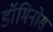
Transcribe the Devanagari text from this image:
डॉमिनोस